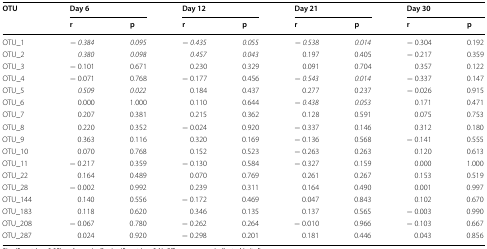
<table><thead><tr><td rowspan="2"><b>OTU</b></td><td colspan="2"><b>Day 6</b></td><td colspan="2"><b>Day 12</b></td><td colspan="2"><b>Day 21</b></td><td colspan="2"><b>Day 30</b></td></tr><tr><td><b>r</b></td><td><b>p</b></td><td><b>r</b></td><td><b>p</b></td><td><b>r</b></td><td><b>p</b></td><td><b>r</b></td><td><b>p</b></td></tr></thead><tbody><tr><td>OTU_1</td><td>− <i>0.384</i></td><td><i>0.095</i></td><td>− <i>0.435</i></td><td><i>0.055</i></td><td>− <i>0.538</i></td><td><i>0.014</i></td><td>− 0.304</td><td>0.192</td></tr><tr><td>OTU_2</td><td><i>0.380</i></td><td><i>0.098</i></td><td><i>0.457</i></td><td><i>0.043</i></td><td>0.197</td><td>0.405</td><td>− 0.217</td><td>0.359</td></tr><tr><td>OTU_3</td><td>− 0.101</td><td>0.671</td><td>0.230</td><td>0.329</td><td>0.091</td><td>0.704</td><td>0.357</td><td>0.122</td></tr><tr><td>OTU_4</td><td>− 0.071</td><td>0.768</td><td>− 0.177</td><td>0.456</td><td>− <i>0.543</i></td><td><i>0.014</i></td><td>− 0.337</td><td>0.147</td></tr><tr><td>OTU_5</td><td><i>0.509</i></td><td><i>0.022</i></td><td>0.184</td><td>0.437</td><td>0.277</td><td>0.237</td><td>− 0.026</td><td>0.915</td></tr><tr><td>OTU_6</td><td>0.000</td><td>1.000</td><td>0.110</td><td>0.644</td><td>− <i>0.438</i></td><td><i>0.053</i></td><td>0.171</td><td>0.471</td></tr><tr><td>OTU_7</td><td>0.207</td><td>0.381</td><td>0.215</td><td>0.362</td><td>0.128</td><td>0.591</td><td>0.075</td><td>0.753</td></tr><tr><td>OTU_8</td><td>0.220</td><td>0.352</td><td>− 0.024</td><td>0.920</td><td>− 0.337</td><td>0.146</td><td>0.312</td><td>0.180</td></tr><tr><td>OTU_9</td><td>0.363</td><td>0.116</td><td>0.320</td><td>0.169</td><td>− 0.136</td><td>0.568</td><td>− 0.141</td><td>0.555</td></tr><tr><td>OTU_10</td><td>0.070</td><td>0.768</td><td>0.152</td><td>0.523</td><td>− 0.263</td><td>0.263</td><td>0.120</td><td>0.613</td></tr><tr><td>OTU_11</td><td>− 0.217</td><td>0.359</td><td>− 0.130</td><td>0.584</td><td>− 0.327</td><td>0.159</td><td>0.000</td><td>1.000</td></tr><tr><td>OTU_22</td><td>0.164</td><td>0.489</td><td>0.070</td><td>0.769</td><td>0.261</td><td>0.267</td><td>0.153</td><td>0.519</td></tr><tr><td>OTU_28</td><td>− 0.002</td><td>0.992</td><td>0.239</td><td>0.311</td><td>0.164</td><td>0.490</td><td>0.001</td><td>0.997</td></tr><tr><td>OTU_144</td><td>0.140</td><td>0.556</td><td>− 0.172</td><td>0.469</td><td>0.047</td><td>0.843</td><td>0.102</td><td>0.670</td></tr><tr><td>OTU_183</td><td>0.118</td><td>0.620</td><td>0.346</td><td>0.135</td><td>0.137</td><td>0.565</td><td>− 0.003</td><td>0.990</td></tr><tr><td>OTU_208</td><td>− 0.067</td><td>0.780</td><td>− 0.262</td><td>0.264</td><td>− 0.010</td><td>0.966</td><td>− 0.103</td><td>0.667</td></tr><tr><td>OTU_287</td><td>0.024</td><td>0.920</td><td>− 0.298</td><td>0.201</td><td>0.181</td><td>0.446</td><td>0.043</td><td>0.856</td></tr></tbody></table>